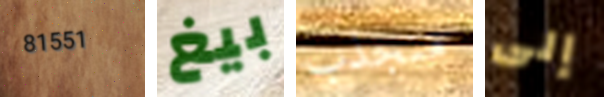
81551 بيغ منجذب إلى